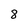
Character: 8